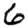
Digit: 6